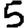
Digit: 5